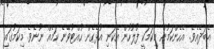
އެބަދެއެވެ. އެހެންކަމުން މިކަމަކީ ފުލުހުން އެކަނި އުޅެގެން ހުއްޓުވޭނެ ކަމެއް ނޫނެވެ. މިކަމުގައި